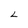
Character: L